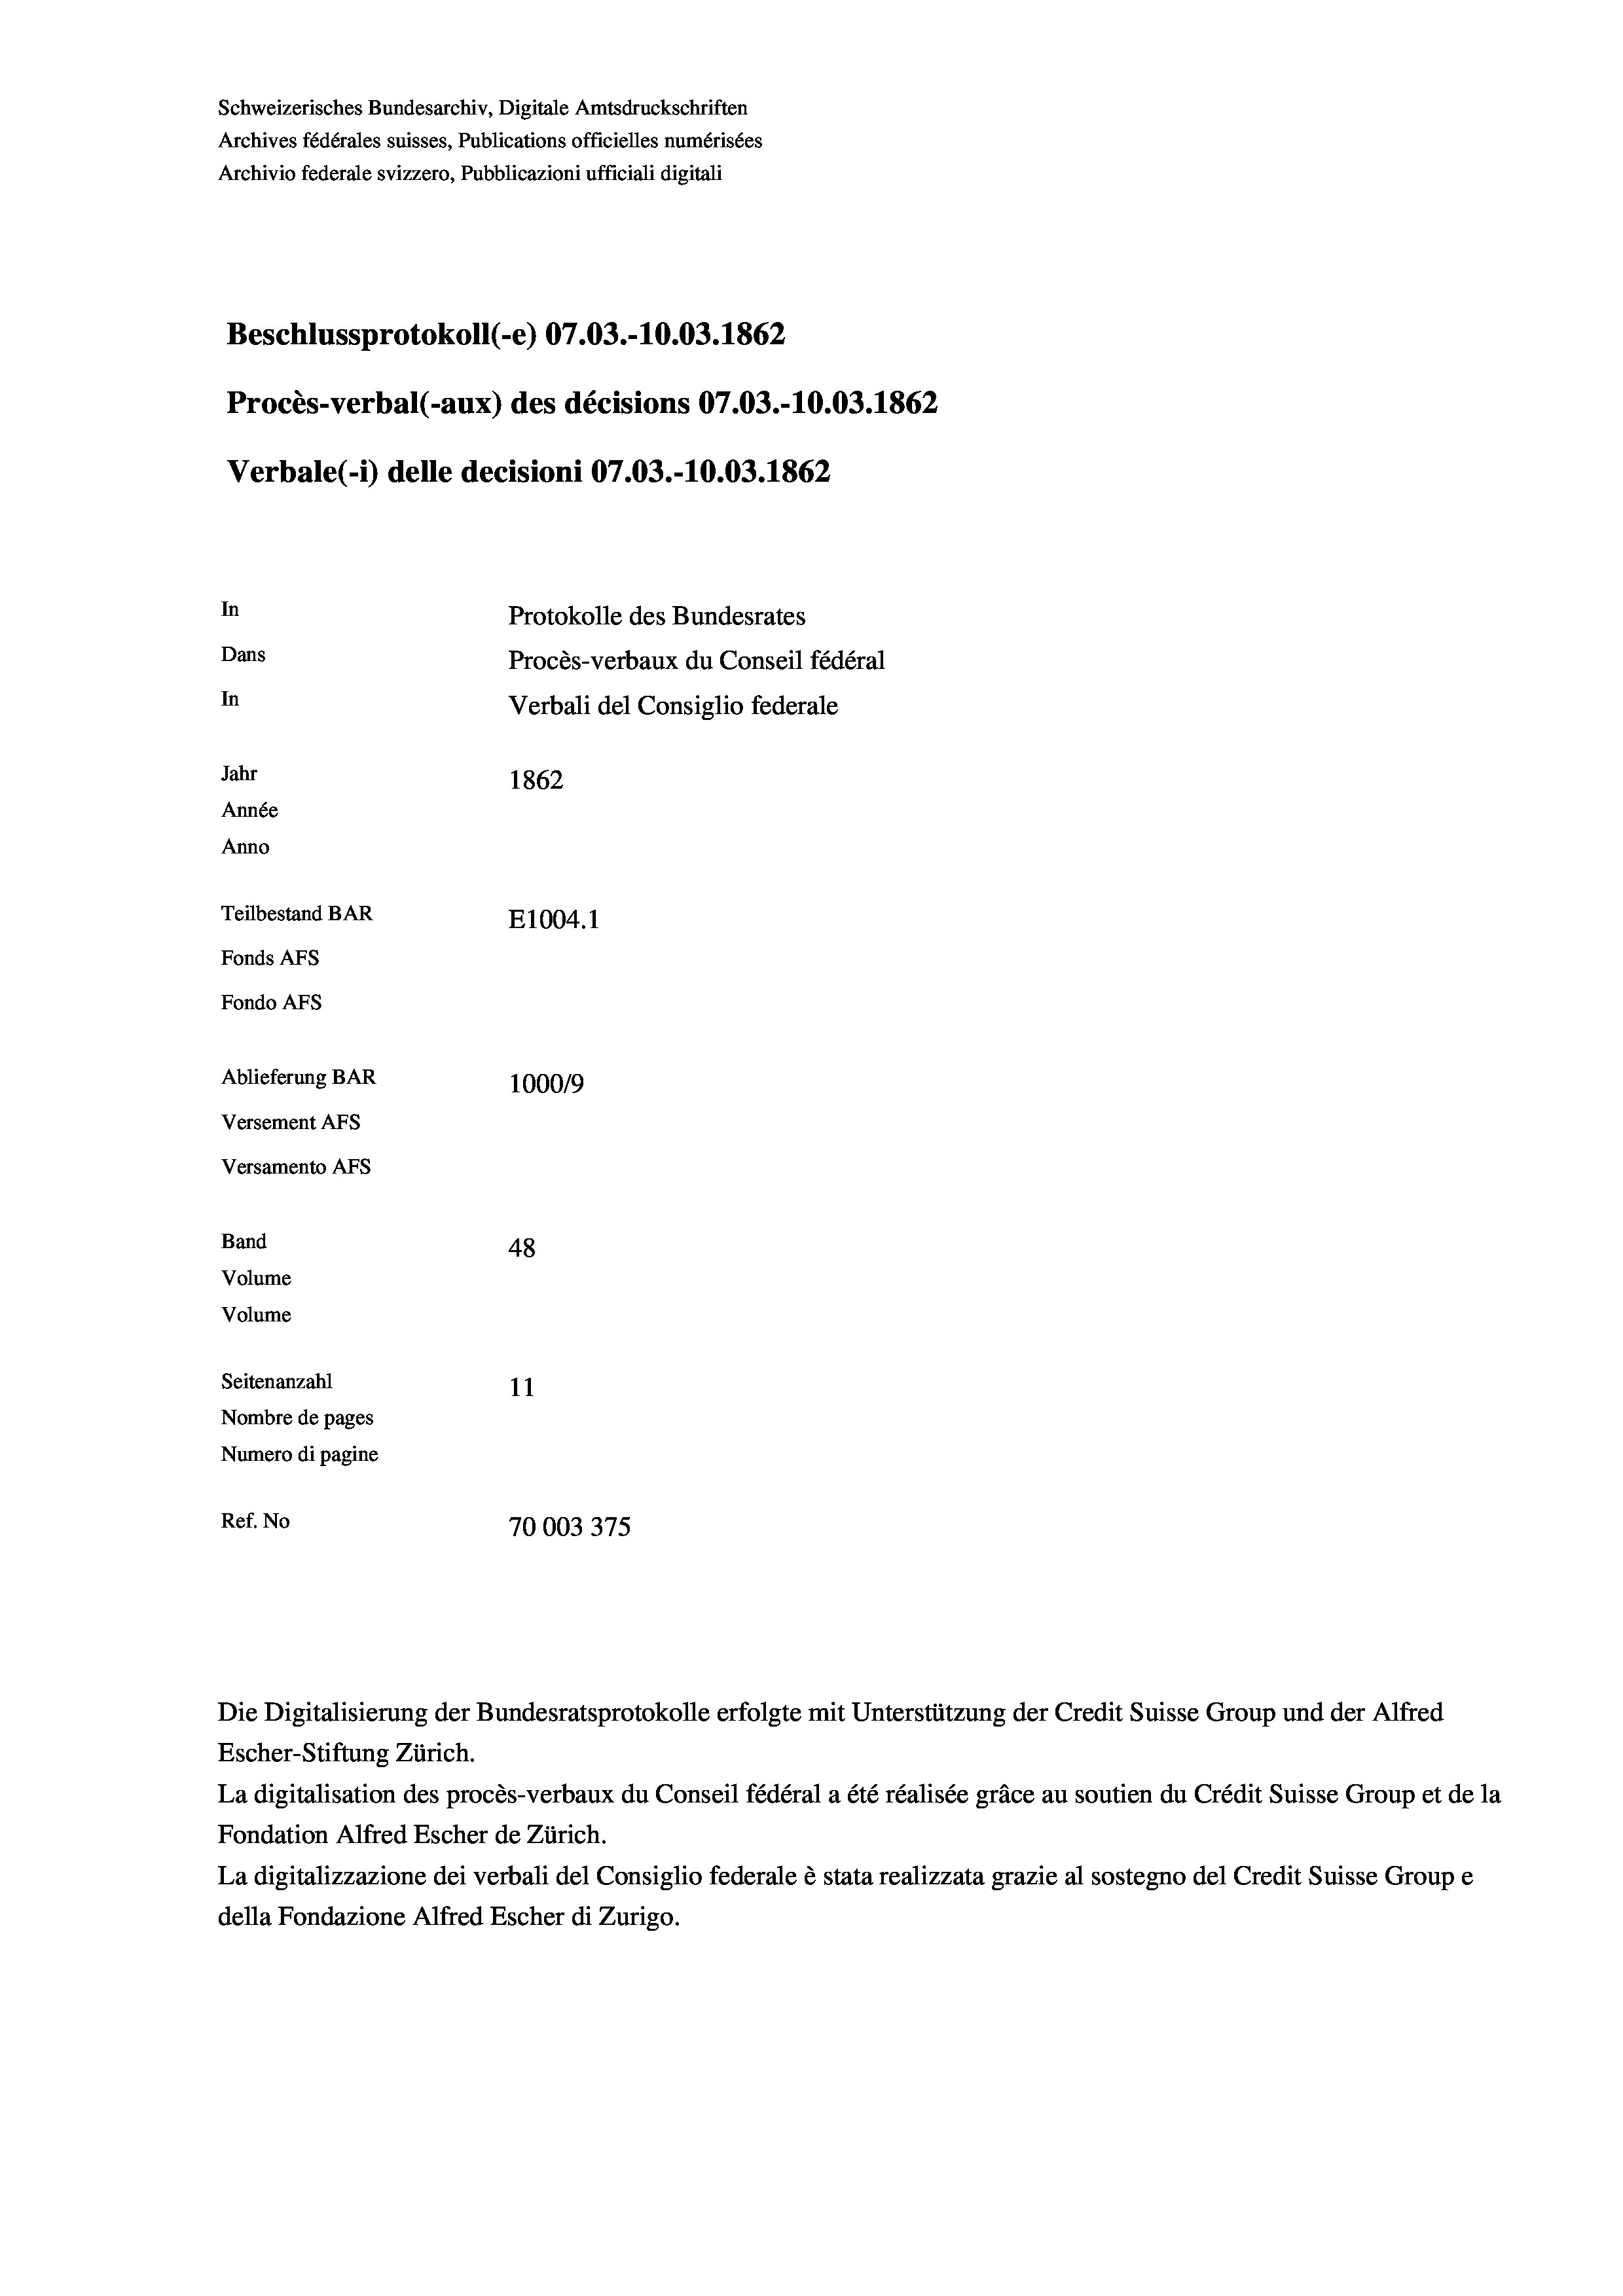
Schweizerisches Bundesarchiv, Digitale Amtsdruckschriften
Archives fédérales suisses, Publications officielles numérisées
Archivio federale svizzero, Pubblicazioni ufficiali digitali
Beschlussprotokoll (-e) 07.03.-10.03. 1862
Procès-verbal (-aux) des décisions 07.03.-10.03. 1862
Verbale (- 1) delle decisioni 07.03.-10.03. 1862
In
Protokolle des Bundesrates
Dans
Procès-verbaux du Conseil fédéral
In
Verbali del Consiglio federale
Jahr
1862
Année
Anno
Teilbestand BAR
E1004. 1
Fonds AFs
Fondo AFS
Ablieferung BAR
100019
Versement AFs
Versamento AFs
Band
48
Volume
Volume
Seitenanzahl
11
Nombre de pages
Numero di pagine
Ref. No
70003375

Escher-Stiftung Zürich.
La digitalisation des procès-verbaux du Conseil fédéral a été réalisée gräce au soutien du Crédit Suisse Group et de la
Fondation Alfred Escher de Zürich.
La digitalizzazione dei verbali del Consiglio federale è stata realizzata grazie al sostegno del Credit Suisse Groupe
della Fondazione Alfred Escher di Zurigo.

Die Digitalisierung der Bundesratsprotokolle erfolgte mit Unterstützung der Credit Suisse Group und der Alfred